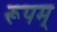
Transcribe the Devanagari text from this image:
रूपम्